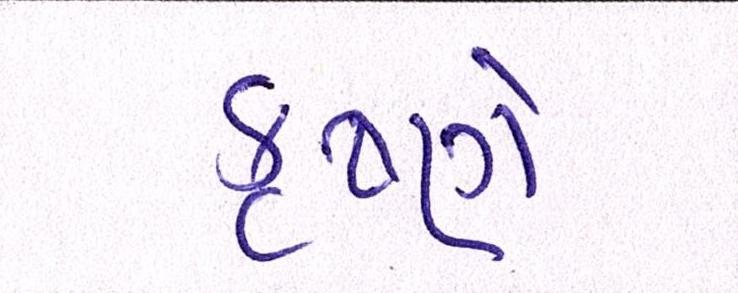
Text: કૃષ્ણે